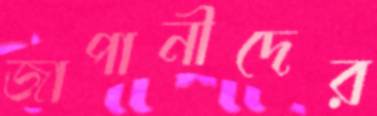
জাপানীদের